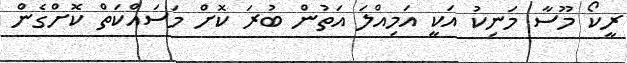
ރީކޯ މޫސާ މަނިކު އަކީ އަމިއްލަ އަތުން ބުރަ ކޮށް މަސައްކަތް ކޮށްގެން